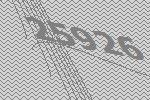
25926